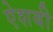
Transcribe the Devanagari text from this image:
ऐशबी